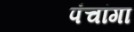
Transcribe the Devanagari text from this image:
पंचांगा